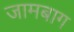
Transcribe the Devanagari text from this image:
जामबाग